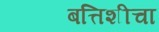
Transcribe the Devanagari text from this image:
बत्तिशीचा